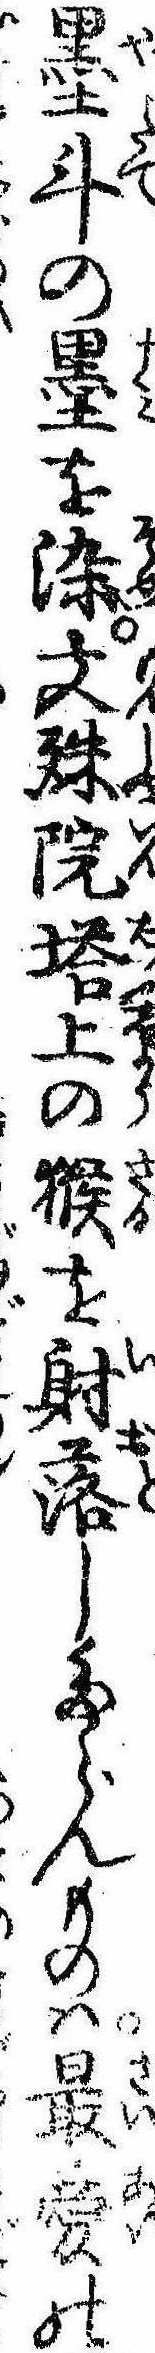
墨斗の墨を染文殊院塔上の猴を射落したらんものは最愛の